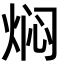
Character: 焖